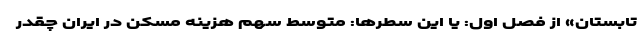
تابستان» از فصل اول: یا این سطرها: متوسط سهم هزینه مسکن در ایران چقدر